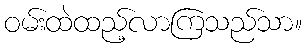
ဝမ်းထဲထည့်လာကြသည်သာ။